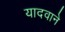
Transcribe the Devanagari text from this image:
यादवाने